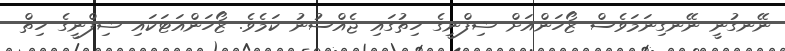
ނޭނގުނީ ނޭނގިނަމަވެސް ޒޯހަންއަށް ޝިފްނީގެ ހިތުގައި ޖެއްސުނު ކަމެވެ. ޒޯހަންއަޓަކައި ޝިފްނީގެ ހިތް